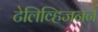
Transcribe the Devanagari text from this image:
टेलिव्हिजनने